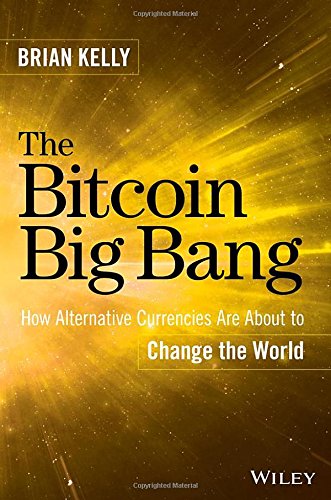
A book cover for The Bitcoin Big Bang: How Alternative Currencies Are About to Change the World; Brian Kelly; Computers & Technology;